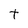
Character: t